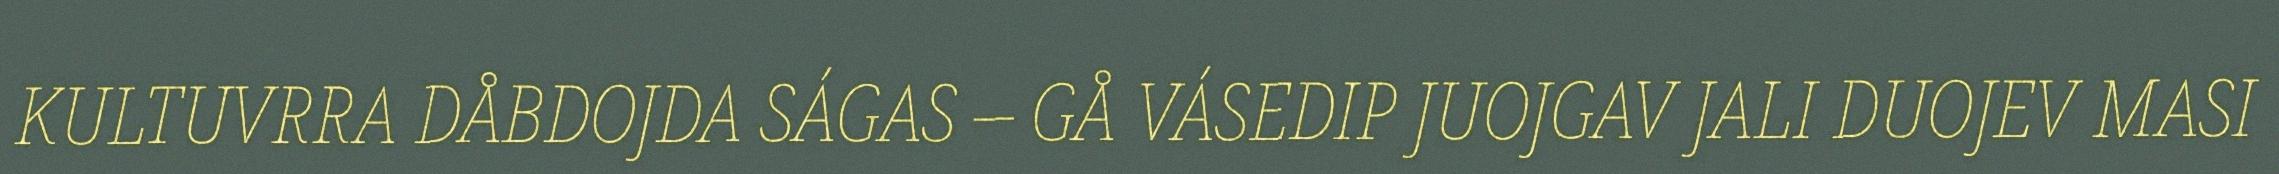
KULTUVRRA DÅBDOJDA SÁGAS – GÅ VÁSEDIP JUOJGAV JALI DUOJEV MASI